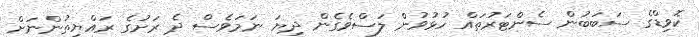
ކޮވިޑްގެ ސަބަބުން ސެންޓަރުތައް ހުޅުވުން ލަސްވެގެން ދިޔަ ނަމަވެސް ދެ ރަށުގެ ރައްޔިތުންނަށް